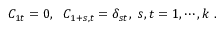
C _ { 1 t } = 0 , ~ ~ C _ { 1 + s , t } = \delta _ { s t } , ~ s , t = 1 , \cdots , k ~ .